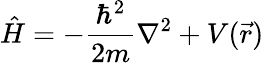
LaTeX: {\hat{H}}=-{\frac{\hbar^{2}}{2m}}\nabla^{2}+V({\vec{r}})